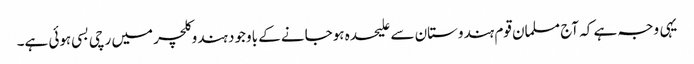
یہی وجہ ہے کہ آج مسلمان قوم ہندوستان سے علیحدہ ہوجانے کے باوجود ہندوکلچر میں رچی بسی ہوئی ہے۔